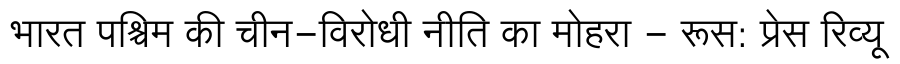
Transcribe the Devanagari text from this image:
भारत पश्चिम की चीन-विरोधी नीति का मोहरा - रूस: प्रेस रिव्यू